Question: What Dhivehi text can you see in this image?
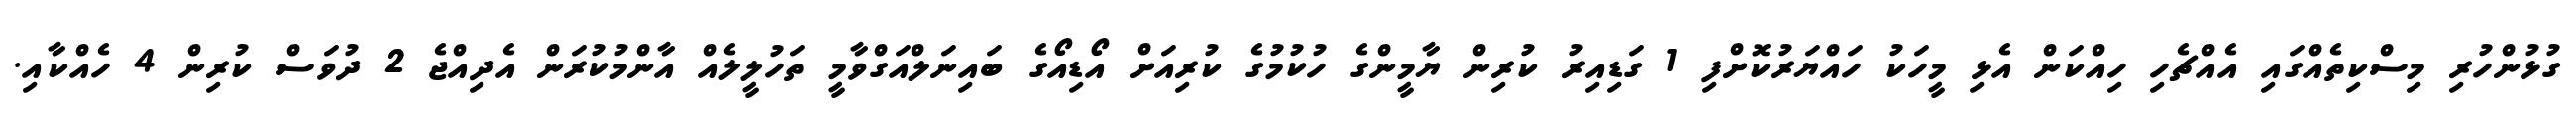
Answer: ގުޅުންހުރި މިސްކިތެއްގައި އެއްޗެހި ހިއްކަން އެޅި މީހަކު ހައްޔަރުކޮށްފި 1 ގަޑިއިރު ކުރިން ޔާމީންގެ ހުކުމުގެ ކުރިއަށް އޯޑިއޯގެ ބައިނަލްއަގްވާމީ ތަހުލީލެއް އާންމުކުރަން އެދިއްޖެ 2 ދުވަސް ކުރިން 4 ހެއްކާއި.